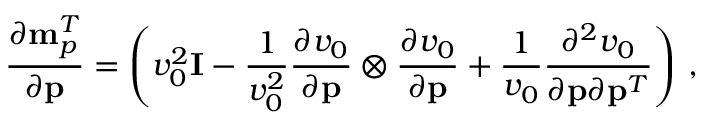
\frac { \partial { \bf m } _ { p } ^ { T } } { \partial { \bf p } } = \left( v _ { 0 } ^ { 2 } { \bf I } - \frac { 1 } { v _ { 0 } ^ { 2 } } \frac { \partial v _ { 0 } } { \partial { \bf p } } \otimes \frac { \partial v _ { 0 } } { \partial { \bf p } } + \frac { 1 } { v _ { 0 } } \frac { \partial ^ { 2 } v _ { 0 } } { \partial { \bf p } \partial { \bf p } ^ { T } } \right) \, ,